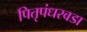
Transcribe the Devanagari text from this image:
पितृपंधरवडा